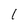
Character: 1